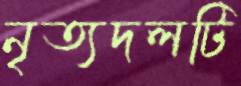
নৃত্যদলটি